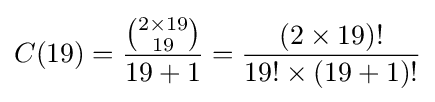
C(19)={\frac {\binom {2\times 19}{19}}{19+1}}={\frac {(2\times 19)!}{19!\times (19+1)!}}